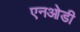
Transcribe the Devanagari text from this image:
एनओडी